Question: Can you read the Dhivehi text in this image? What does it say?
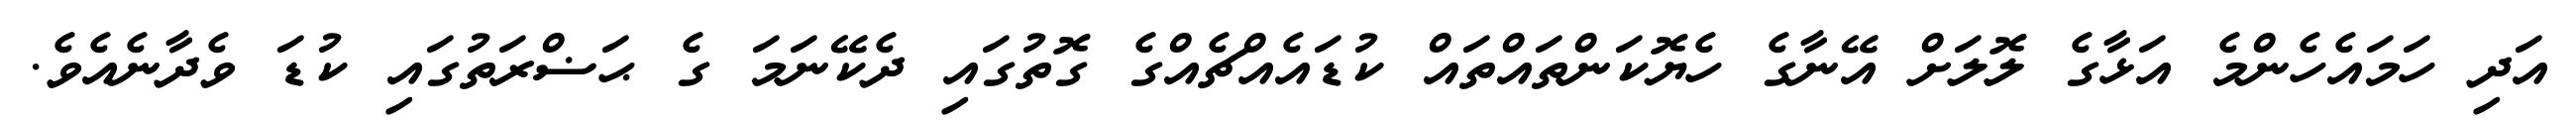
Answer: އަދި ހަމައެހެންމެ އަޅާގެ ލޮލަށް އޭނާގެ ހެޔޮކަންތައްތައް ކުޑައެއްޗެއްގެ ގޮތުގައި ދެކޭނަމަ ގެ ޙަޟްރަތުގައި ކުޑަ ވެދާނެއެވެ.